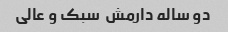
دو ساله دارمش  سبک و عالی